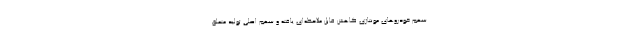
سهم خودروهای مونتاژی کاهش قابل ملاحظه‌ای یافته و سهم اصلی تولید متعلق